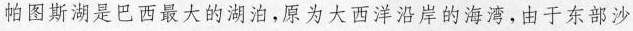
帕图斯湖是巴西最大的湖泊，原为大西洋沿岸的海湾，由于东部沙